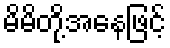
မိမိတို့အနေဖြင့်